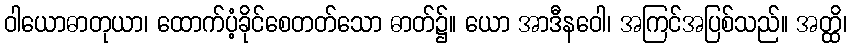
ဝါယောဓာတုယာ၊ ထောက်ပံ့ခိုင်စေတတ်သော ဓာတ်၌။ ယော အာဒီနဝေါ၊ အကြင်အပြစ်သည်။ အတ္ထိ၊